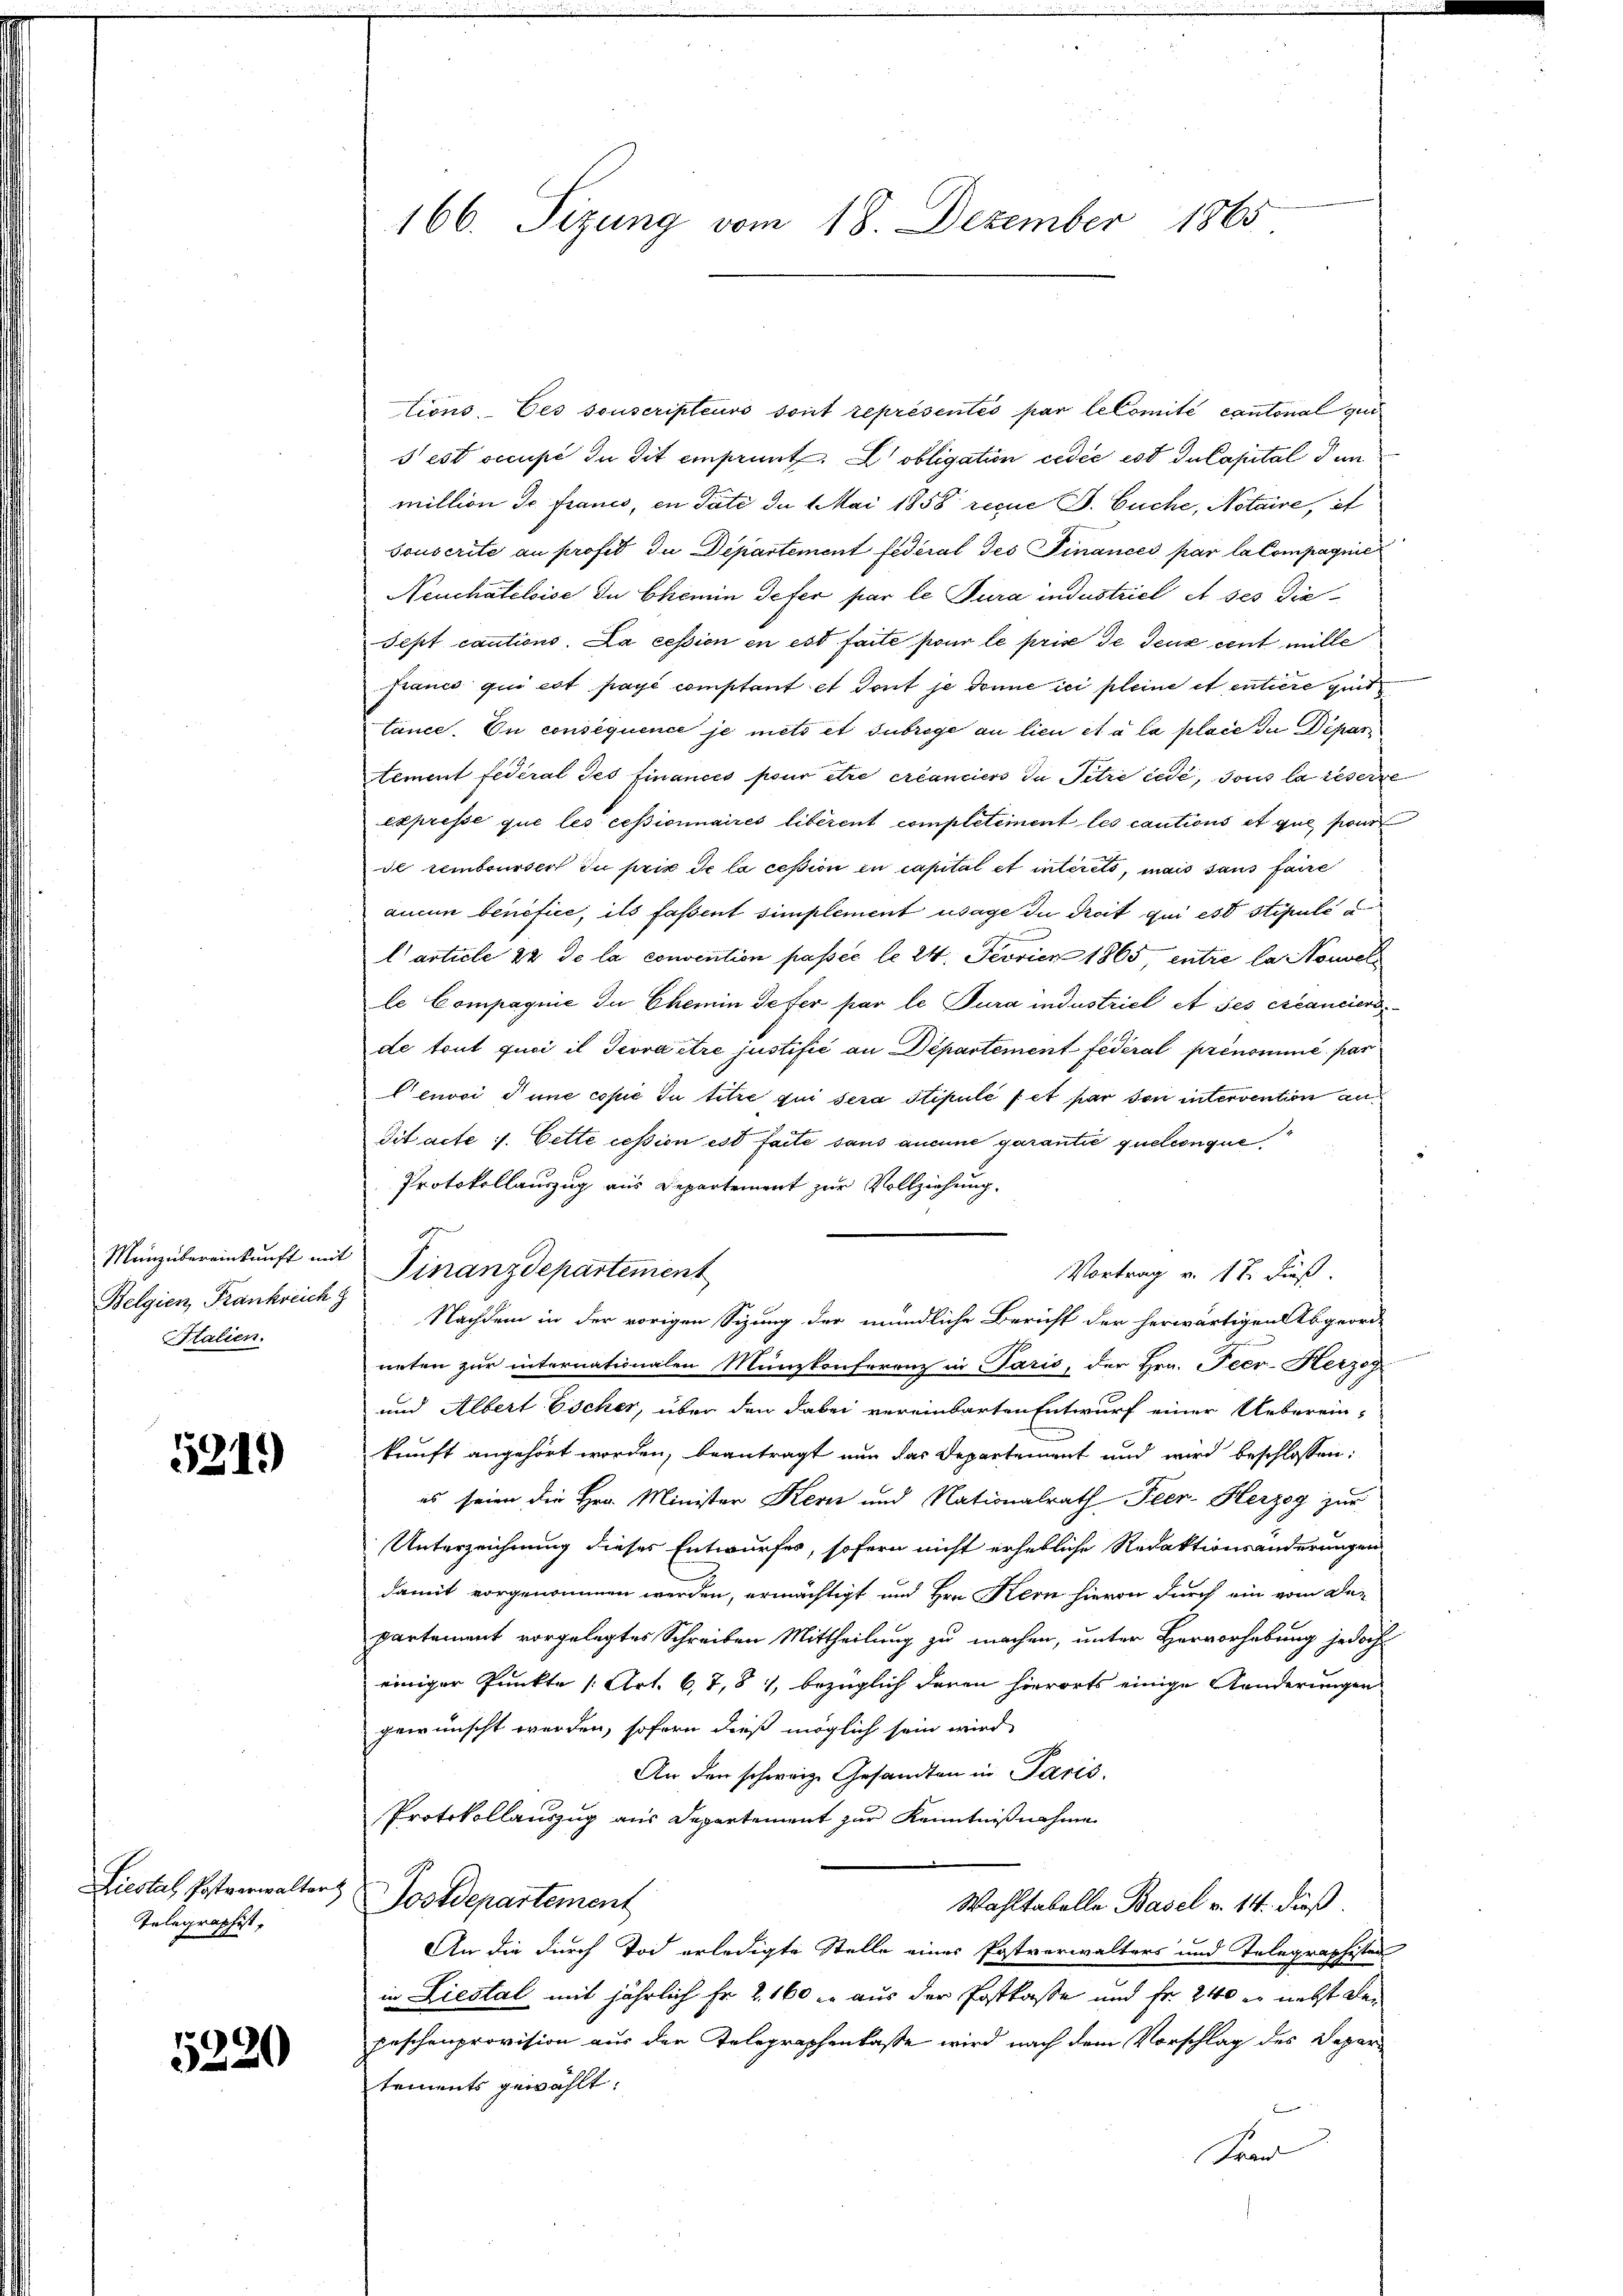
Belgien, Frankreich z
Italien.

5219)

Liestal, Postverwalter
Telegraphist

5220

166. Sizung vom 18. Dezember 1865

tions. Ces souscripteurs sont représentés par le Comité cantonal zur
s est occupé du dit einprunt obligation cedie ist du Capital den
million de francs, in Täte du 1 Mai 1858 reçue P. Buche, Notaire, it
Souscrite an profes du Departement fédéral des Finances par la Compagnie
Neuchâteloise du Chemin defer par le Jura industriel A ses Die
Sest cautions. Da cession in est faite pour le prise de deux cent mille
francs qui est payé comptant et Tout je donne ici pleine et entiere quit
tance. On consequence je mets et subroge an lieu et à la place du Dipari
tement fédéral des finances pour être créanciers du Titre cédé, sous la reserre
expresse que les cessionnaires liberent completement les cautions et que pour
de rembourser zu prix de la cession in capital et interets, mais sans faire
aucun benefice, ils faßent simplement usage du droit qui est stipulé u
n
l’ article 22 de la convention passée lo 24. Fevvier 1865 entre la Nouvel
le Compagnie de Chemin defer par le Jura industriel et ses créancier
de tout quoi il Tevra être justifić an Departement fédéral prenommé par
Cenvoi d’une copie du titre qui sera Stipulé et par son intervention an
dit acte 1. Cette cession est faite sans aneine garantie quelconque
Protokollauszug aus Departement zur Vollziehung.
Menübereinkunft mit Finanzdepartement
Nachdem in der vorigen Sizung der mündliche Bericht der herwärtigen Abgeord
neten zur internationalen Münzkonferenz in Paris, der Hrn. Peer- Herzog
und Albert Escher, über den dabei vereinbarten Entwurf einer Ueberein-
kunft angehört worden, beantragt nun das Departement und wird beschlossen:
es seien die Hrn. Minister Kern und Nationalrath Peer- Herzog zur
Unterzeichnung dieses Entwurfes, sofern nicht erhebliche Redaktionsänderungen
damit vorgenommen werden, ermächtigt und Hrn. Kern hievon durch ein vom De-
partement vorgelegtes Schreiben Mittheilung zu machen, unter Hervorhebung jedoch
einiger Punkte (Art. 67,81, bezüglich deren hierorts einige Kunderungen
gewünscht werden, sofern dieß möglich sein wird
An den schweiz. Gesandten in Paris,
Protokollauszug aus Departement zur Kenntnißnahme
Postdepartement
Wahltabelle Basel v. 14. dieß
An die durch Tod erledigte Stelle eines Postverwalters und Telegraphister
in Liestal mit jährlich Fr. 2. 160 er aus der Postkasse und Fr. 240 er nebst der
peschenprovision aus der Telegraphenlasse wird nach dem Vorschlag des Depar
tements gewählt.
Frad

Vortrag v. 17. dieß.